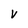
Character: v